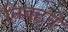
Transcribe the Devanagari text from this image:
निबट्ने